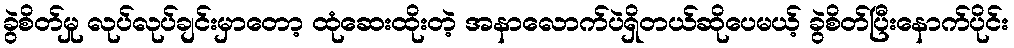
ခွဲစိတ်မှု လုပ်လုပ်ချင်းမှာတော့ ထုံဆေးထိုးတဲ့ အနာလောက်ပဲရှိတယ်ဆိုပေမယ့် ခွဲစိတ်ပြီးနောက်ပိုင်း